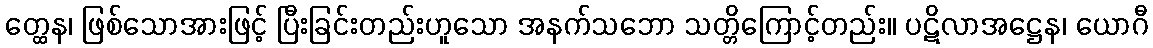
တ္ထေန၊ ဖြစ်သောအားဖြင့် ပြီးခြင်းတည်းဟူသော အနက်သဘော သတ္တိကြောင့်တည်း။ ပဋိလာအဋ္ဌေန၊ ယောဂီ